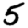
Digit: 5